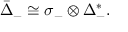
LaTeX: { \bar { \Delta } } _ { - } \cong \sigma _ { - } \otimes \Delta _ { - } ^ { * } .